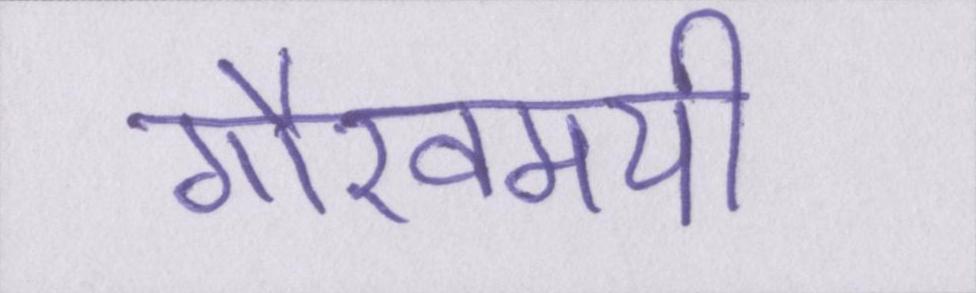
गौरवमयी